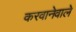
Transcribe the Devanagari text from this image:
करवानेवाले